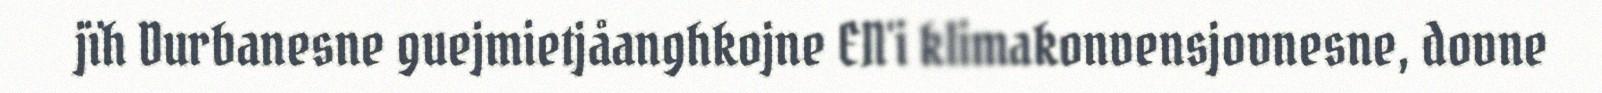
jïh Durbanesne guejmietjåanghkojne EN'i klimakonvensjovnesne, dovne